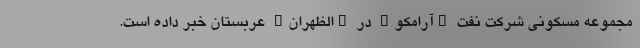
مجموعه مسکونی شرکت نفت "آرامکو" در "الظهران" عربستان خبر داده است.